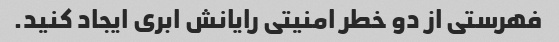
فهرستی از دو خطر امنیتی رایانش ابری ایجاد کنید.